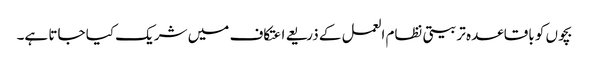
بچوں کو باقاعدہ تربیتی نظام العمل کے ذریعے اعتکاف میں شریک کیا جاتا ہے۔